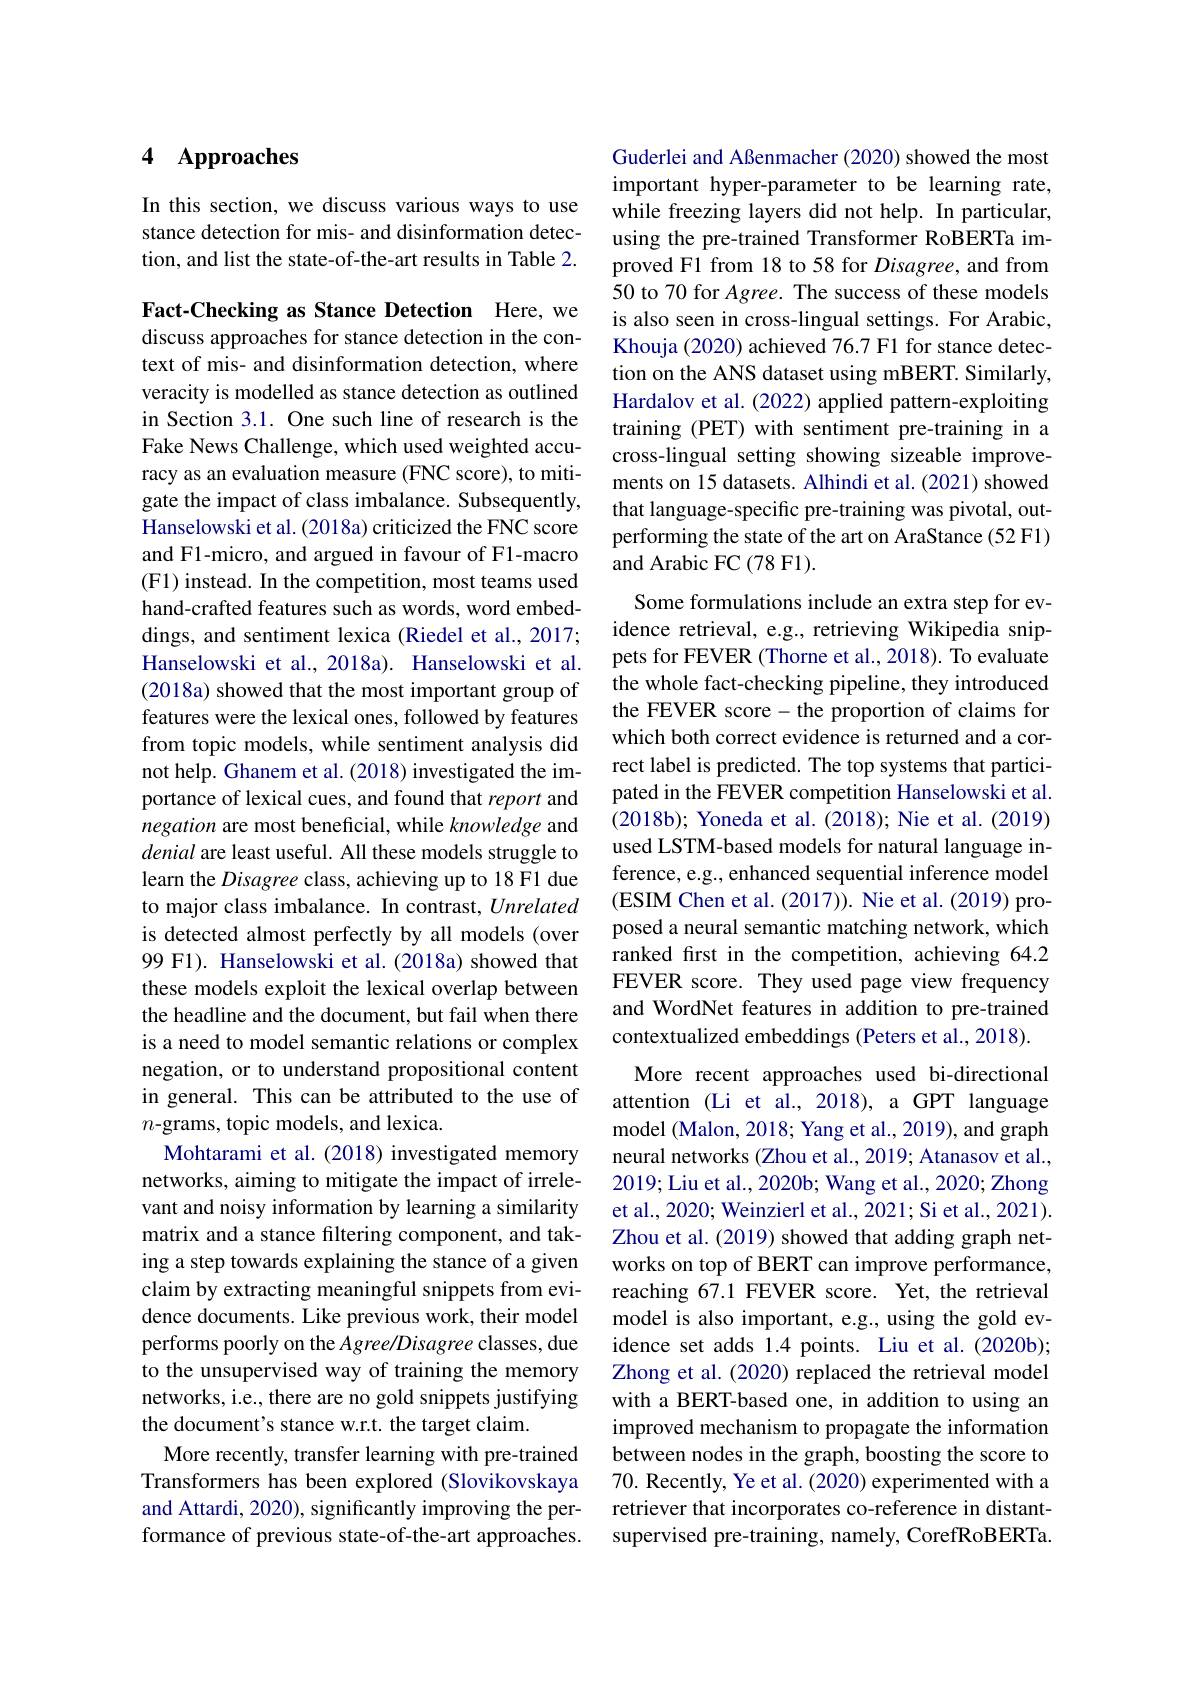
### 4 $\mathbf{Approaches}$

In this section, we discuss various ways to use stance detection for mis- and disinformation detection, and list the state-of-the-art results in Table 2.

Fact-Checking as Stance Detection Here, we discuss approaches for stance detection in the context of mis- and disinformation detection, where veracity is modelled as stance detection as outlined in Section 3.1. One such line of research is the Fake News Challenge, which used weighted accuracy as an evaluation measure (FNC score), to mitigate the impact of class imbalance. Subsequently, Hanselowski et al. (2018a) criticized the FNC score and F1-micro, and argued in favour of F1-macro (F1) instead. In the competition, most teams used hand-crafted features such as words, word embeddings, and sentiment lexica (Riedel et al., 2017; Hanselowski et al., 2018a). Hanselowski et al. (2018a) showed that the most important group of features were the lexical ones, followed by features from topic models, while sentiment analysis did not help. Ghanem et al. (2018) investigated the importance of lexical cues, and found that report and negation are most beneficial, while knowledge and denial are least useful. All these models struggle to learn the Disagree class, achieving up to 18 F1 due to major class imbalance. In contrast, Unrelated is detected almost perfectly by all models (over 99 F1). Hanselowski et al.(2018a) showed that these models exploit the lexical overlap between the headline and the document, but fail when there is a need to model semantic relations or complex negation, or to understand propositional content in general. This can be attributed to the use of $n$-grams, topic models, and lexica.
Mohtarami et al. (2018) investigated memory networks, aiming to mitigate the impact of irrelevant and noisy information by learning a similarity matrix and a stance filtering component, and taking a step towards explaining the stance of a given claim by extracting meaningful snippets from evidence documents. Like previous work, their model performs poorly on the Agree/Disagree classes, due to the unsupervised way of training the memory networks, i.e., there are no gold snippets justifying the document's stance w.r.t. the target claim.
More recently, transfer learning with pre-trained Transformers has been explored (Slovikovskaya and Attardi, 2020), significantly improving the performance of previous state-of-the-art approaches.

Guderlei and Aßenmacher (2020) showed the most important hyper-parameter to be learning rate, while freezing layers did not help. In particular, using the pre-trained Transformer RoBERTa improved F1 from 18 to 58 for Disagree, and from 50 to 70 for Agree. The success of these models is also seen in cross-lingual settings. For Arabic, Khouja (2020) achieved 76.7 F1 for stance detection on the ANS dataset using mBERT. Similarly, Hardalov et al. (2022) applied pattern-exploiting training (PET) with sentiment pre-training in a cross-lingual setting showing sizeable improvements on 15 datasets. Alhindi et al.(2021) showed that language-specific pre-training was pivotal, outperforming the state of the art on AraStance (52 F1) and Arabic FC (78 F1).

Some formulations include an extra step for evidence retrieval, e.g., retrieving Wikipedia snippets for FEVER (Thorne et al., 2018). To evaluate the whole fact-checking pipeline, they introduced the FEVER score- the proportion of claims for which both correct evidence is returned and a correct label is predicted. The top systems that participated in the FEVER competition Hanselowski et al. (2018b); Yoneda et al. (2018); Nie et al. (2019) used LSTM-based models for natural language inference, e.g., enhanced sequential inference model (ESIM Chen et al. (2017)). Nie et al. (2019) proposed a neural semantic matching network, which ranked frst in the competition, achieving 64.2 FEVER score. They used page view frequency and WordNet features in addition to pre-trained contextualized embeddings (Peters et al., 2018). More recent approaches used bi-directional
attention (Li et al., 2018), a GPT language model (Malon, 2018; Yang et al., 2019), and graph neural networks (Zhou et al., 2019; Atanasov et al., 2019; Liu et al., 2020b; Wang et al., 2020; Zhong et al., 2020; Weinzierl et al., 2021; Si et al., 2021). Zhou et al. (2019) showed that adding graph networks on top of BERT can improve performance, reaching 67.1 FEVER score. Yet, the retrieval model is also important, e.g., using the gold evidence set adds 1.4 points. Liu et al.(2020b); Zhong et al. (2020) replaced the retrieval model with a BERT-based one, in addition to using an improved mechanism to propagate the information between nodes in the graph, boosting the score to 70. Recently, Ye et al. (2020) experimented with a retriever that incorporates co-reference in distantsupervised pre-training, namely, CorefRoBERTa.